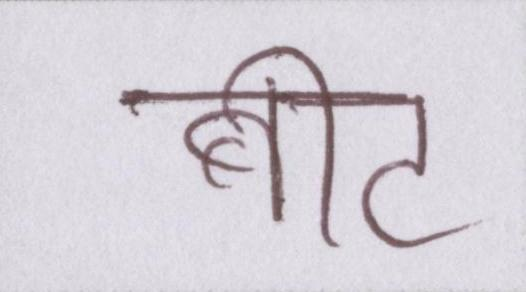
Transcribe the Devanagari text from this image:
बीट